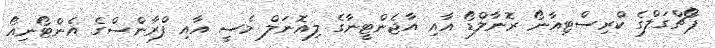
ޕޯޗްގަލްގެ ކްރިސްޓިއާނޯ ރޮނާލްޑޯ އާއި އާޖެންޓީނާގެ ލިއޮނަލް މެސީ އާއި ފްރާންސްގެ އެންޓޯނިއޯ